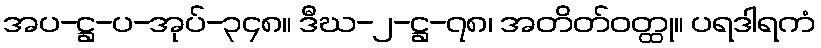
အပ-ဋ္ဌ-ပ-အုပ်-၃၄၈။ ဒီဃ-၂-ဋ္ဌ-၇၈၊ အတိတ်ဝတ္ထု။ ပရဒါရကံ